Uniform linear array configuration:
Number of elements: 64
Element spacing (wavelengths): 0.5
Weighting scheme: cosine
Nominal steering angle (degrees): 30
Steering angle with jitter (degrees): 28.75
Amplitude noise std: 0.05
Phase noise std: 0.05

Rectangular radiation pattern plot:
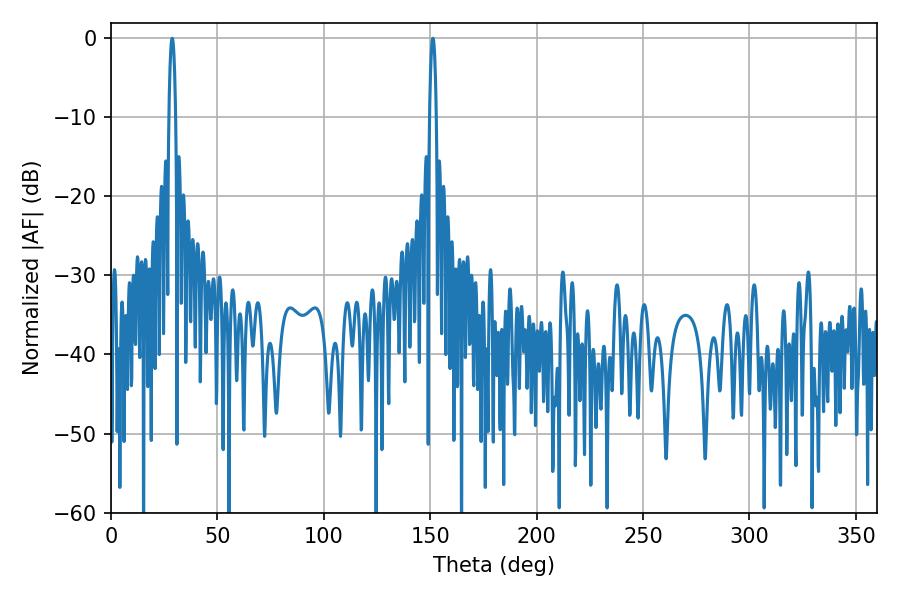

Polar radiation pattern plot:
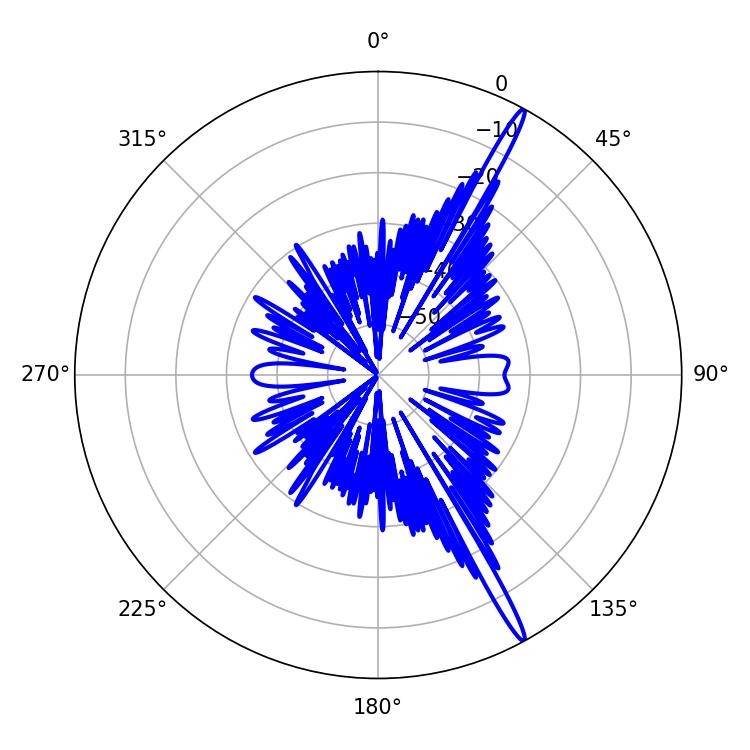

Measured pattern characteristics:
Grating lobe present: FALSE
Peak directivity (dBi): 17.628
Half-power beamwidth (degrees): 1.8
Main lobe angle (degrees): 151.2